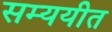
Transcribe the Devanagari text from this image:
सम्ययीत